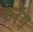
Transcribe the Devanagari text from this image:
करेंग